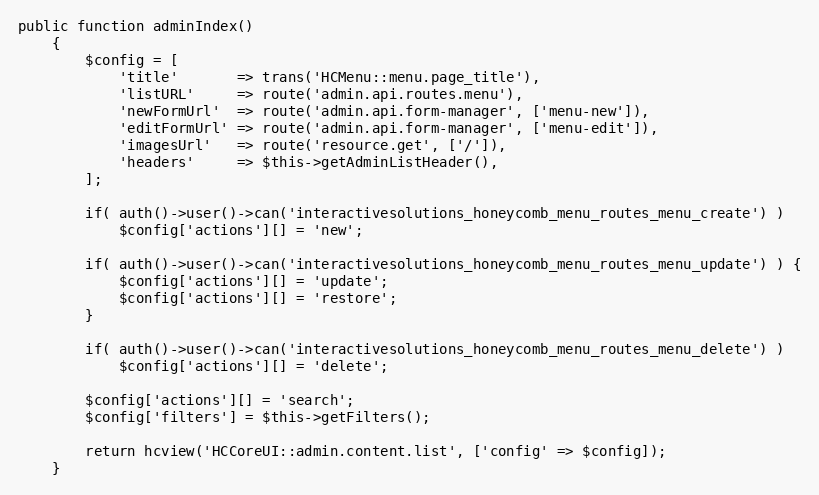
Language: PHP
public function adminIndex()
    {
        $config = [
            'title'       => trans('HCMenu::menu.page_title'),
            'listURL'     => route('admin.api.routes.menu'),
            'newFormUrl'  => route('admin.api.form-manager', ['menu-new']),
            'editFormUrl' => route('admin.api.form-manager', ['menu-edit']),
            'imagesUrl'   => route('resource.get', ['/']),
            'headers'     => $this->getAdminListHeader(),
        ];

        if( auth()->user()->can('interactivesolutions_honeycomb_menu_routes_menu_create') )
            $config['actions'][] = 'new';

        if( auth()->user()->can('interactivesolutions_honeycomb_menu_routes_menu_update') ) {
            $config['actions'][] = 'update';
            $config['actions'][] = 'restore';
        }

        if( auth()->user()->can('interactivesolutions_honeycomb_menu_routes_menu_delete') )
            $config['actions'][] = 'delete';

        $config['actions'][] = 'search';
        $config['filters'] = $this->getFilters();

        return hcview('HCCoreUI::admin.content.list', ['config' => $config]);
    }